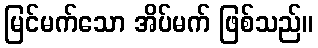
မြင်မက်သော အိပ်မက် ဖြစ်သည်။